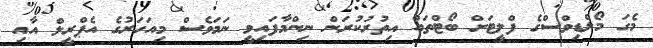
މެގަ މޯލްޑިވްސްގެ ފްލީޓަށް ބޯޓްތައް އިތުރުކުރަން ނިންމާފައިވީ ނަމަވެސް މިއަހަރުގެ އެޕްރީލް އާއި